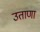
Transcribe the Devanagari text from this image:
उताणा